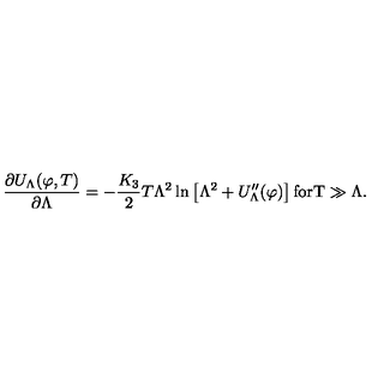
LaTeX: \frac { \partial U _ { \Lambda } ( \varphi , T ) } { \partial \Lambda } = - \frac { K _ { 3 } } { 2 } T \Lambda ^ { 2 } \ln \left[ \Lambda ^ { 2 } + U _ { \Lambda } ^ { \prime \prime } ( \varphi ) \right] \mathrm { f o r T \gg \Lambda } .